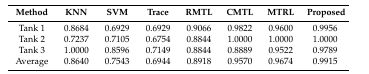
| Method | KNN | SVM | Trace | RMTL | CMTL | MTRL | Proposed |
 | --- | --- | --- | --- | --- | --- | --- | --- |
 | Tank 1 | 0.8684 | 0.6929 | 0.6929 | 0.9066 | 0.9822 | 0.9600 | 0.9956 |
 | Tank 2 | 0.7237 | 0.7105 | 0.6754 | 0.8844 | 1.0000 | 1.0000 | 1.0000 |
 | Tank 3 | 1.0000 | 0.8596 | 0.7149 | 0.8844 | 0.8889 | 0.9522 | 0.9789 |
 | Average | 0.8640 | 0.7543 | 0.6944 | 0.8918 | 0.9570 | 0.9674 | 0.9915 |